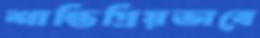
শান্তিপ্রিয়ভাবে